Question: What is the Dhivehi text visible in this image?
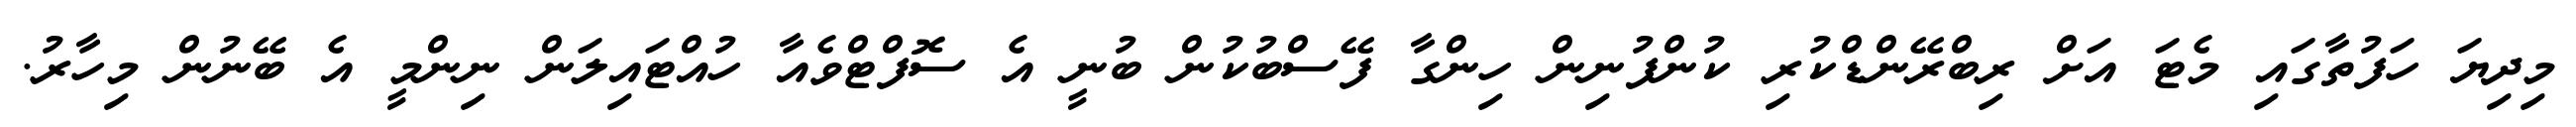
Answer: މިދިޔަ ހަފުތާގައި މެޓަ އަށް ރިބްރޭންޑްކުރި ކުންފުނިން ހިންގާ ފޭސްބުކުން ބުނީ އެ ސޮފްޓްވެއާ ހުއްޓައިލަން ނިންމީ އެ ބޭނުން މިހާރު.